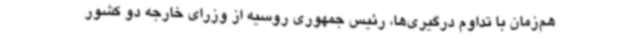
هم‌زمان با تداوم درگیری‌ها، رئیس جمهوری روسیه از وزرای خارجه دو کشور